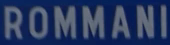
ROMMANI